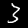
Digit: 3